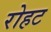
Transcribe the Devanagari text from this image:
रोहट